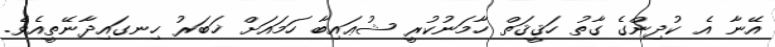
އޭނާ އެ ކުދިންގެ ގާތު ހަޤީޤަތް ހާމަނުކުރީ ޝުޢައިބާ ހަމައަށް ޚަބަރު ހިނގައިދާނޭތީއެވެ.